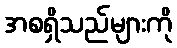
အစရှိသည်များကို